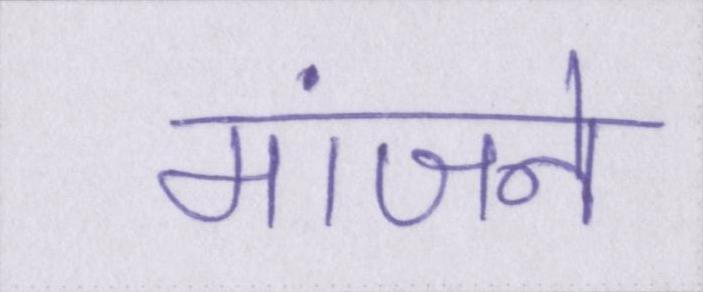
मांजने